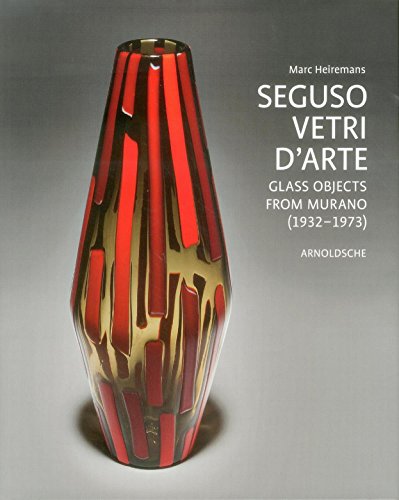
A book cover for Seguso Vetri d'Arte: Glass Objects from Murano (1932-1973); Marc Heiremans; Crafts, Hobbies & Home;